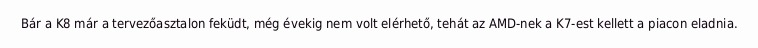
Bár a K8 már a tervezőasztalon feküdt, még évekig nem volt elérhető, tehát az AMD-nek a K7-est kellett a piacon eladnia.